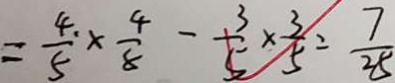
= \frac { 4 . } { 5 } \times \frac { 4 } { 8 } - \frac { 3 } { 5 } \times \frac { 3 } { 5 } = \frac { 7 } { 2 5 }